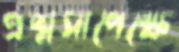
প্রশ্নসাপেক্ষে